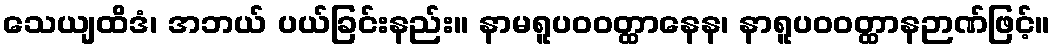
သေယျထိဒံ၊ အဘယ် ပယ်ခြင်းနည်း။ နာမရူပဝဝတ္ထာနေန၊ နာရူပဝဝတ္ထာနဉာဏ်ဖြင့်။